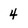
Character: 4